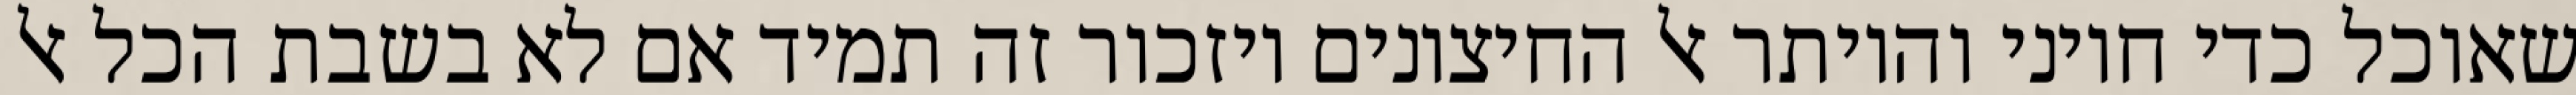
שאוכל כדי חיוני והיותר אל החיצונים ויזכור זה תמיד אם לא בשבת הכל אל